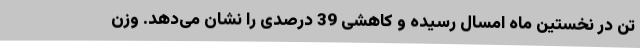
تن در نخستین ماه امسال رسیده و کاهشی 39 درصدی را نشان می‌دهد. وزن